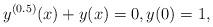
LaTeX: \begin{align*}y^{(0.5)}(x)+y(x)=0,y(0)=1,\end{align*}